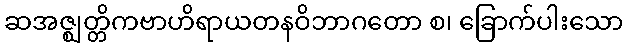
ဆအဇ္ဈတ္တိကဗာဟိရာယတနဝိဘာဂတော စ၊ ခြောက်ပါးသော